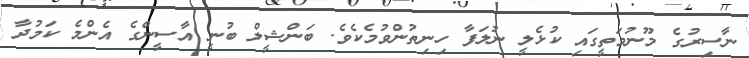
ނާސިރުގެ މޫނުމަތީގައި ކުޅެލީ ނުލަފާ ހިނިތުންވުމެކެވެ. ބަންޝީލް ބުނީ އާސީންގެ އެންމެ ކަމުދާ